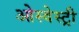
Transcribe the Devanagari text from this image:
ओस्वेस्ट्री